Vaccination North-Western Provinces and Oudh 1878-1895 - 1878-1895
Year: 1878
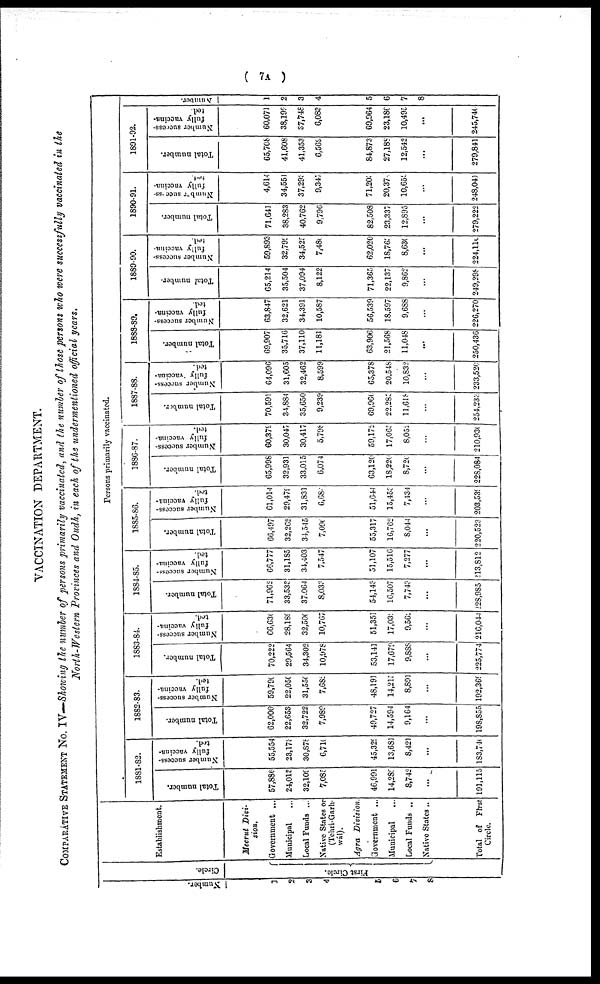
( 7A )
VACCINATION DEPARTMENT.
COMPARATIVE STATEMENT No. IV—Showing the number of persons primarily vaccinated, and the number of those persons who were successfully vaccinated in the
North-Western Provinces and Oudh, in each of the undermentioned official years.
Persons primarily vaccinated.
Number.
1
2
3
4
6
5
7
8
Circle.
First Circle.
Establishment.
Meerut Divi-
sion.
Government ...
Municipal ...
Local Funds ...
Native States or
(Tehri-Garh-
wál).
Agra
Division.
Government ...
Municipal ...
Local Funds ..
Native States ..
Total of First
Circle.
1881-82.
Total number.
57,886
24,013
32,109
7,085
46,991
14,289
8,742
...
191,115
Number success-
fully vaccina-
ted.
55,554
23,173
30,878
6,710
45,329
13,681
8,421
...
183,746
1882-83.
Total number.
62,006
22,653
32,722
7,989
49,727
14,594
9,164
...
198,855
Number success-
fully vaccina-
ted.
59,790
22,050
31,550
7,682
48,191
14,215
8,891
...
192,369
1883-84.
Total number.
70,222
29,564
34,302
10,978
53,141
17,679
9,888
...
225,774
Number success-
fully vaccina-
ted.
66,630
28,189
32,500
10,767
51,351
17,039
9,562
...
216,044
1884-85.
Total number.
71,962
33,533
37,064
8,033
54,143
16,507
7,743
...
228,985
Number success-
fully vaccina-
ted.
66,777
31,185
34,403
7,547
51,107
15,516
7,277
...
213,812
1885-86.
Total number.
66,497
32,262
34,545
7,090
55,317
16,762
8,044
...
220,523
Number success-
fully vaccina-
ted.
61,014
29,479
31,831
6,684
51,644
15,453
7,434
...
203,539
1886-87.
Total number.
65,998
32,931
33,015
6,074
63,120
18,220
8,726
...
228,084
Number success-
fully vaccina-
ted.
60,379
30,047
30,417
5,798
59,172
17,065
8,052
...
210,930
1887-88.
Total number.
70,591
34,884
35,650
9,239
69,966
22,285
11,618
...
254,233
Number success-
fully vaccina-
ted.
64,096
31,605
32,462
8,599
65,378
20,548
10,832
...
233,520
1888-89.
Total number.
69,907
35,716
37,110
11,181
63,906
21,568
11,048
...
250,436
Number success-
fully vaccina-
ted.
63,847
32,621
34,391
10,587
56,539
18,597
9,688
...
226,270
1889-90.
Total number-
65,214
35,504
37,094
8,122
71,365
22,137
9,862
...
249,298
Number success-
fully vaccina-
ted.
59,893
32,799
34,525
7,480
62,020
18,763
8,630
...
224,110
1890-91.
Total number.
71,641
38,283
40,762
9,796
82,508
23,337
12,895
...
279,222
Number success-
fully Vaccina-
4,614
34,551
37,293
9,347
71,203
20,373
10,659
...
248,041
1891-92.
Total number.
65,708
41,608
41,353
6,569
84,873
27,188
12,542
...
279,841
Number success-
fully vaccina-
ted.
60,071
38,199
37,748
6,083
69,964
23,186
10,495
...
245,746
Number.
1
2
3
4
5
6
7
8